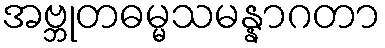
အဗ္ဘုတဓမ္မသမန္နာဂတာ